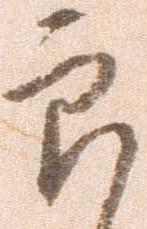
郎